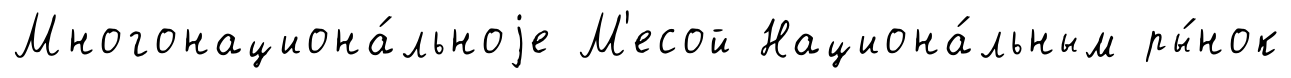
Многонациона́льноjе М'есой Национа́льным ры́нок